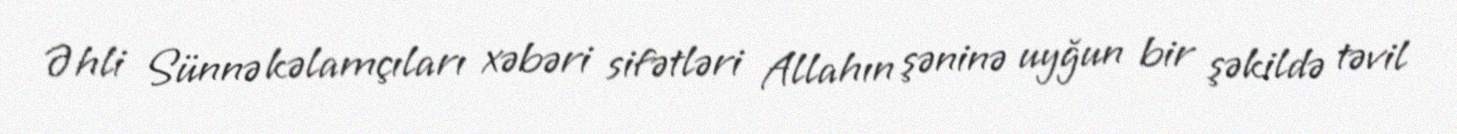
Əhli Sünnə kəlamçıları xəbəri sifətləri Allahın şəninə uyğun bir şəkildə təvil